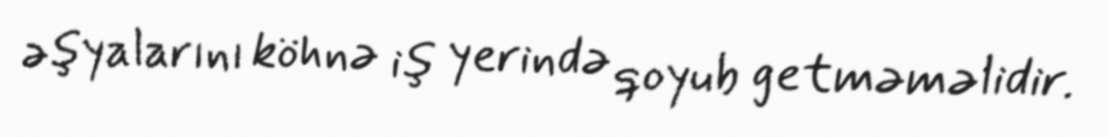
əşyalarını köhnə iş yerində qoyub getməməlidir.